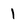
Character: l